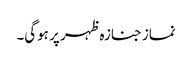
نماز جنازہ ظہر پر ہوگی۔